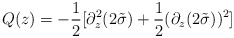
\begin{align*}Q(z) =-\frac{1}{2}[\partial^2_z(2\tilde\sigma)+\frac{1}{2}(\partial_z(2\tilde\sigma))^2]\end{align*}